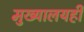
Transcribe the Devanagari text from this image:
मुख्यालयही